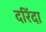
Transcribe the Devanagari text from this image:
दरिंदा